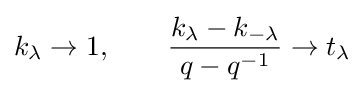
k_{\lambda }\to 1,\qquad {\frac {k_{\lambda }-k_{-\lambda }}{q-q^{-1}}}\to t_{\lambda }